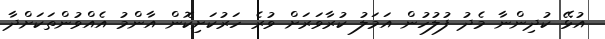
އުޅޭ ކުދިންނާ މެދު ފުލުހުން އަމަލު ކުރާވަރަށް ވުރެ ހަރުކަށިކޮން އާންމު އެއްވުންތަކަށްދާ